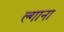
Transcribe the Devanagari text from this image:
ल्गाना